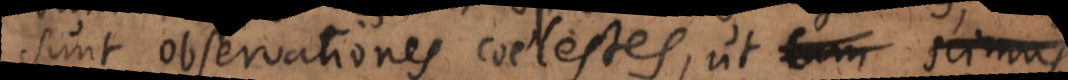
sunt observationes coelestes, ut cum scimus